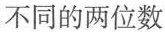
不同的两位数